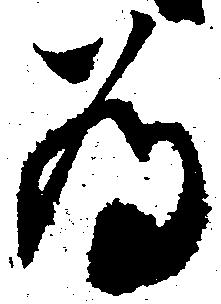
為